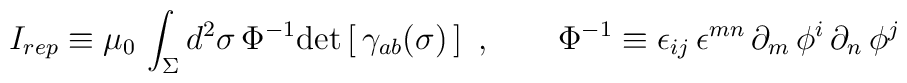
I_{rep}\equiv \mu_0\, \int_\Sigma d^2\sigma\, \Phi^{-1}	\mathrm{det}\left[\, \gamma_{ab}(\sigma)\,\right] \ ,\qquad	\Phi^{-1}\equiv\epsilon_{ij}\,\epsilon^{mn}\,\partial_m\,	\phi^i\, \partial_n\, \phi^j